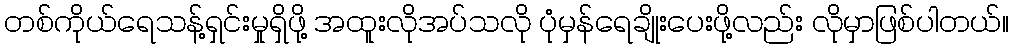
တစ်ကိုယ်ရေသန့်ရှင်းမှုရှိဖို့ အထူးလိုအပ်သလို ပုံမှန်ရေချိုးပေးဖို့လည်း လိုမှာဖြစ်ပါတယ်။